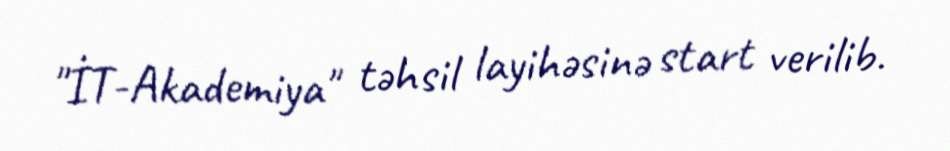
"İT-Akademiya" təhsil layihəsinə start verilib.